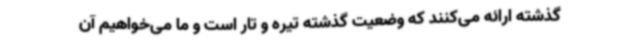
گذشته ارائه می‌کنند که وضعیت گذشته تیره و تار است و ما می‌خواهیم آن